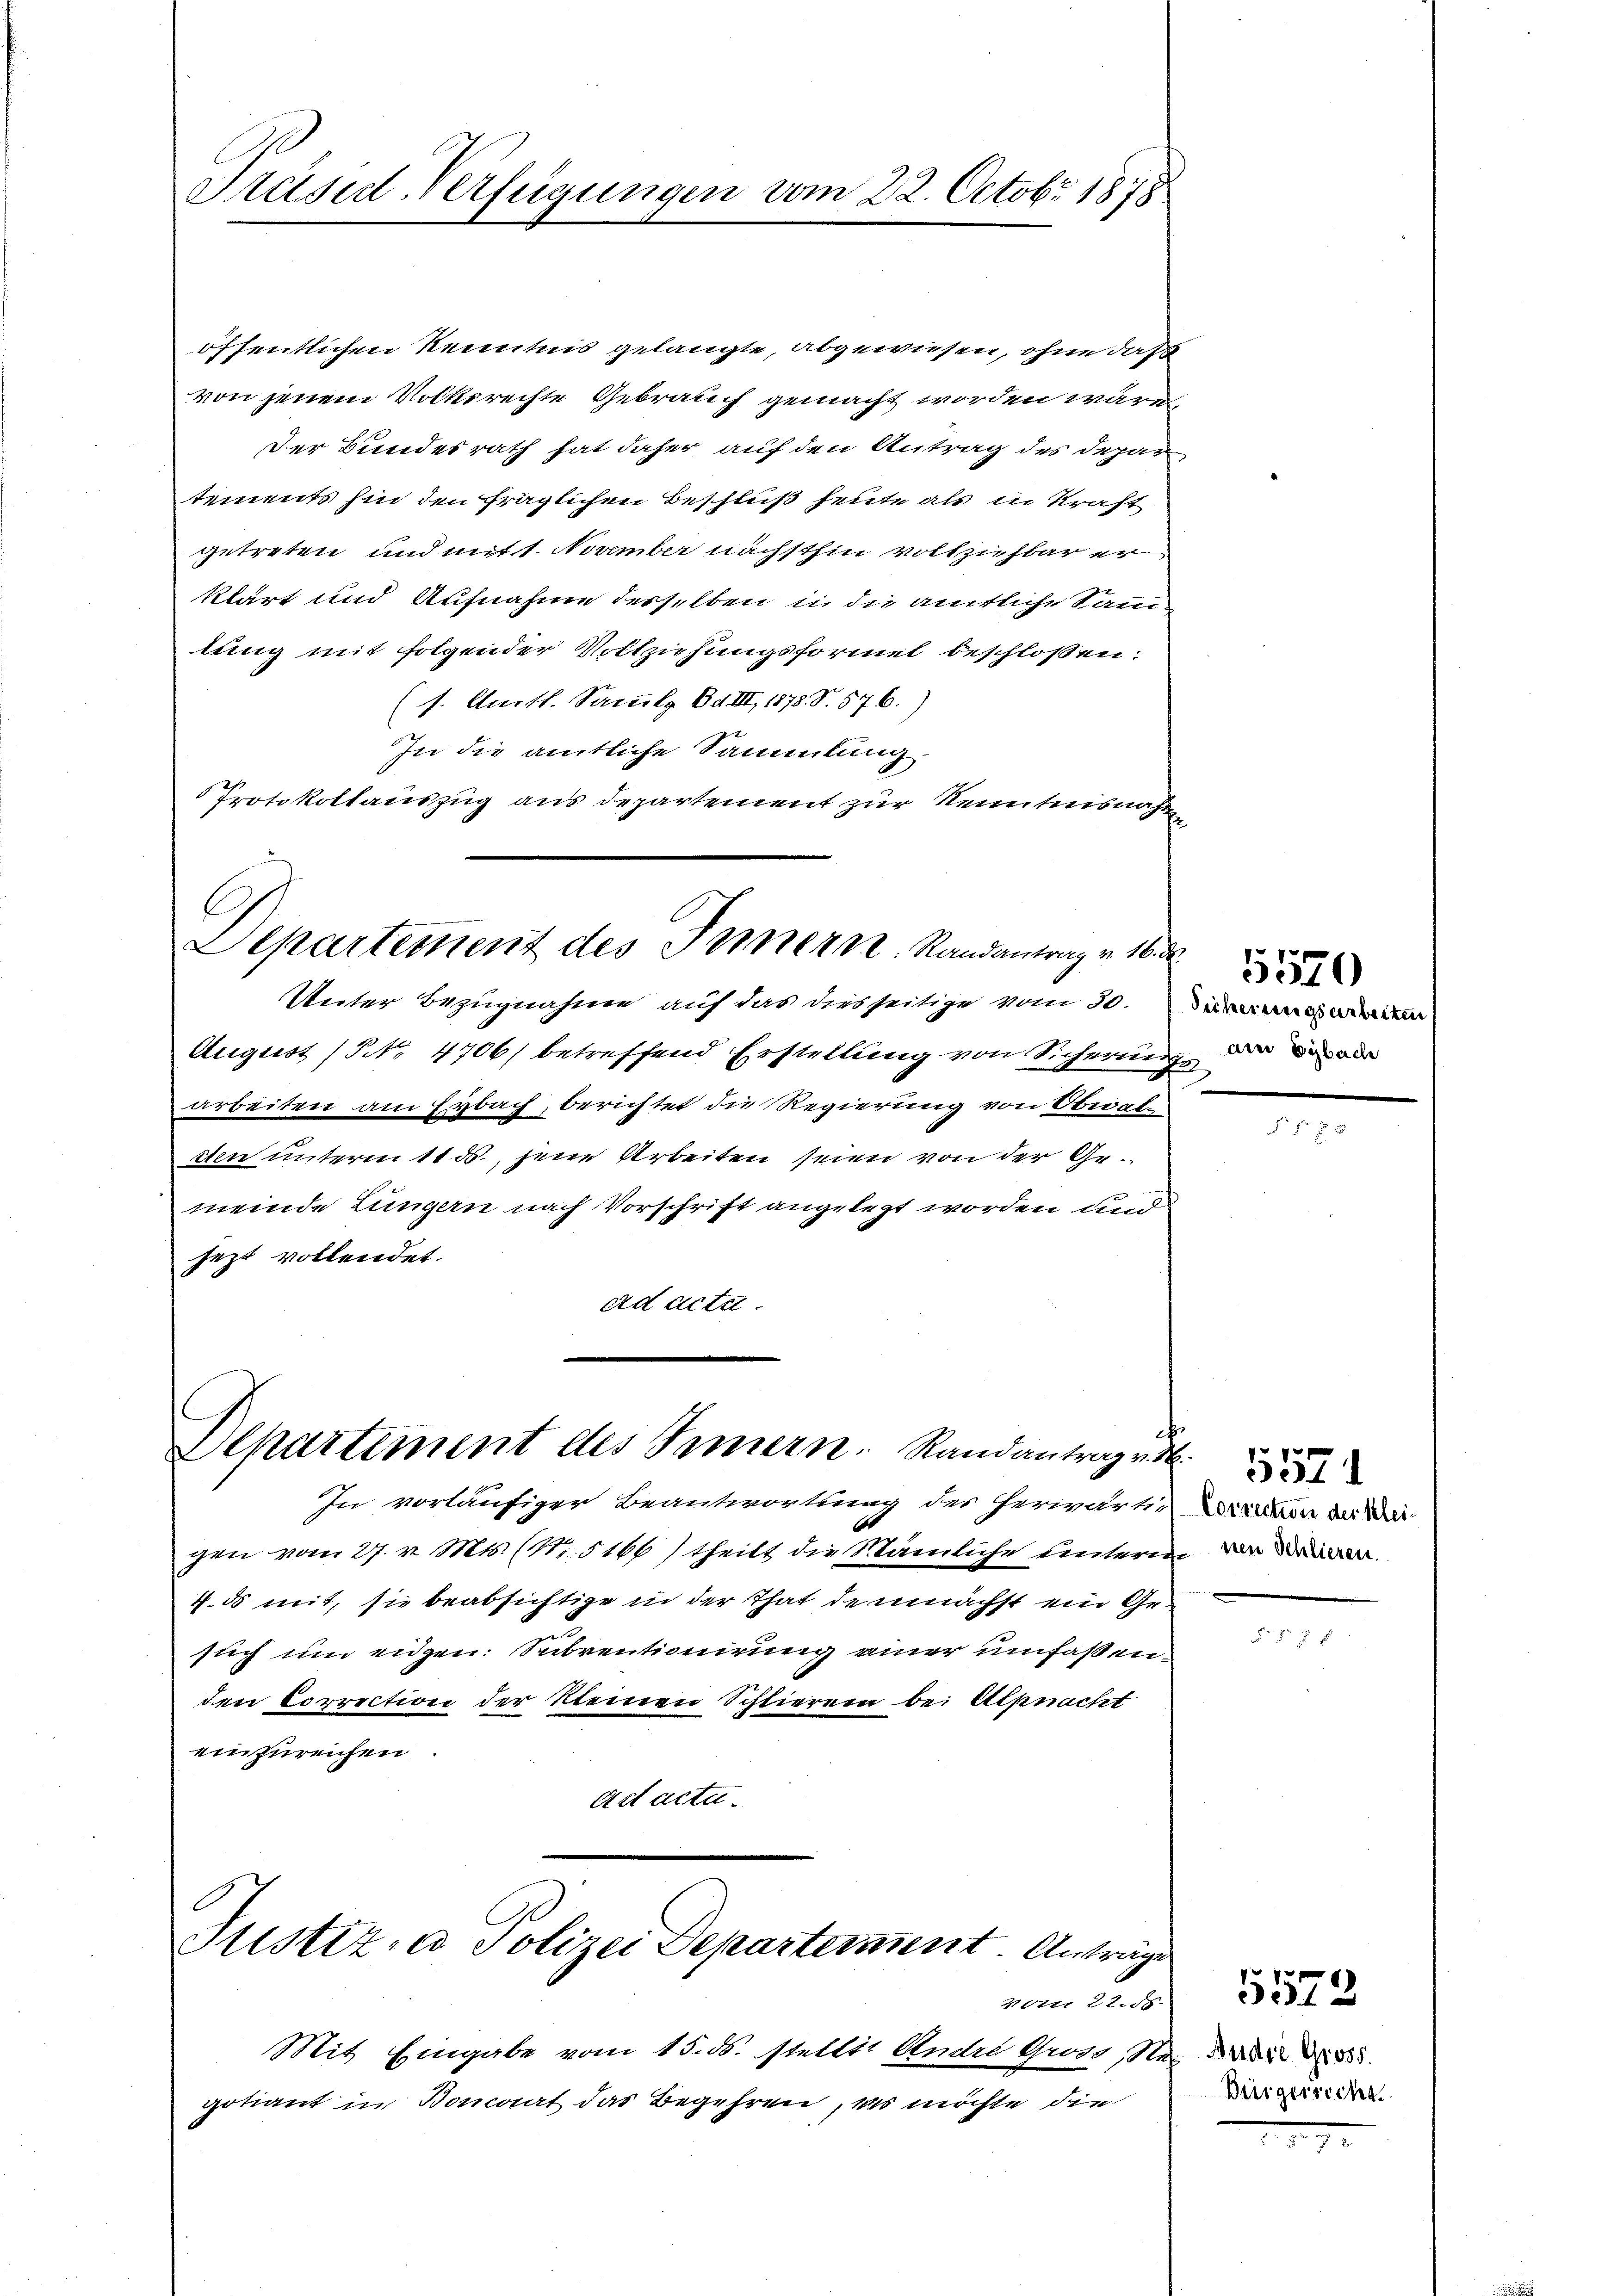
Präsid-Verfügungen vom 22. Octobr. 1878

öffentlichen Kenntnis gelangte, abgewiesen, ohne daß
von jenem Volksrechte Gebrauch gemacht worden wäre,
Der Bundesrath hat daher auf den Antrag des Depar
tements hin den fraglichen Beschluß heute als in Kraft
getreten und mit 1. November nächsthin vollziehbar erklärt und Aufnahme derselben in die amtliche Sam
lung mit folgender Vollziehungsformel beschlossen:
(s. Amtl. Sammlg. Bd. III, 1878. S. 576.)
In die amtliche Sammlung
Protokollauszug aus Departement zur Kenntnisnahm
¬
C
Departement des Innern. Randantrag v. 16. d
Unter Bezugnahme auf das diesseitige vom 30.
August (NNo. 4706) betreffend Erstellung von Sicherung der oder
arbeiten am Eybach, berichtet die Regierung von Obwalden unterm 11. ds., jene Arbeiten seien von der Gemeinde Lungern nach Vorschrift angelegt worden und
jezt vollendet.
ad acta.

Mit Eingabe vom 15. ds. stellit Ander Gross, Neid der d
gotiant in Bonant das Begehren, es möchte die

Departement des Innern. Randantrag v. M.

In vorläufiger Beantwortung der herwärti, wieden in der
gen vom 27. v. Mts. (N.5166) theilt die Nämliche unterm der
4. ds mit, sie beabsichtige in der That demnächst ein Gesuch um eidgen: Subventionirung einer umfaßenden Correction der kleinen Schlierein bei Alpnacht
einzurechen.
Act acte.

Justiz- u Polizei Departement. Anträge

5570
Sicherungsarbeiten

40m 22. ds.
Bürgerrecht.

5572